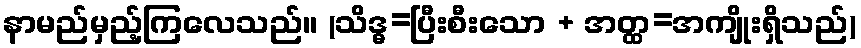
နာမည်မှည့်ကြလေသည်။ (သိဒ္ဓ=ပြီးစီးသော + အတ္ထ=အကျိုးရှိသည်)